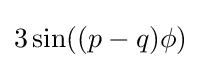
3\sin((p-q)\phi )